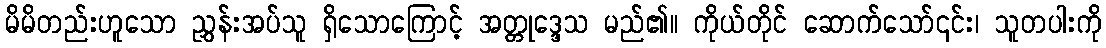
မိမိတည်းဟူသော ညွှန်းအပ်သူ ရှိသောကြောင့် အတ္တုဒ္ဒေသ မည်၏။ ကိုယ်တိုင် ဆောက်သော်၎င်း၊ သူတပါးကို